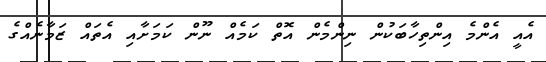
އެއީ އެންމެ އިންތިހާބަކުން ނިންމެން އޮތް ކަމެއް ނޫން ކަމަށާއި އެތައް ޒަމާނެއްގެ